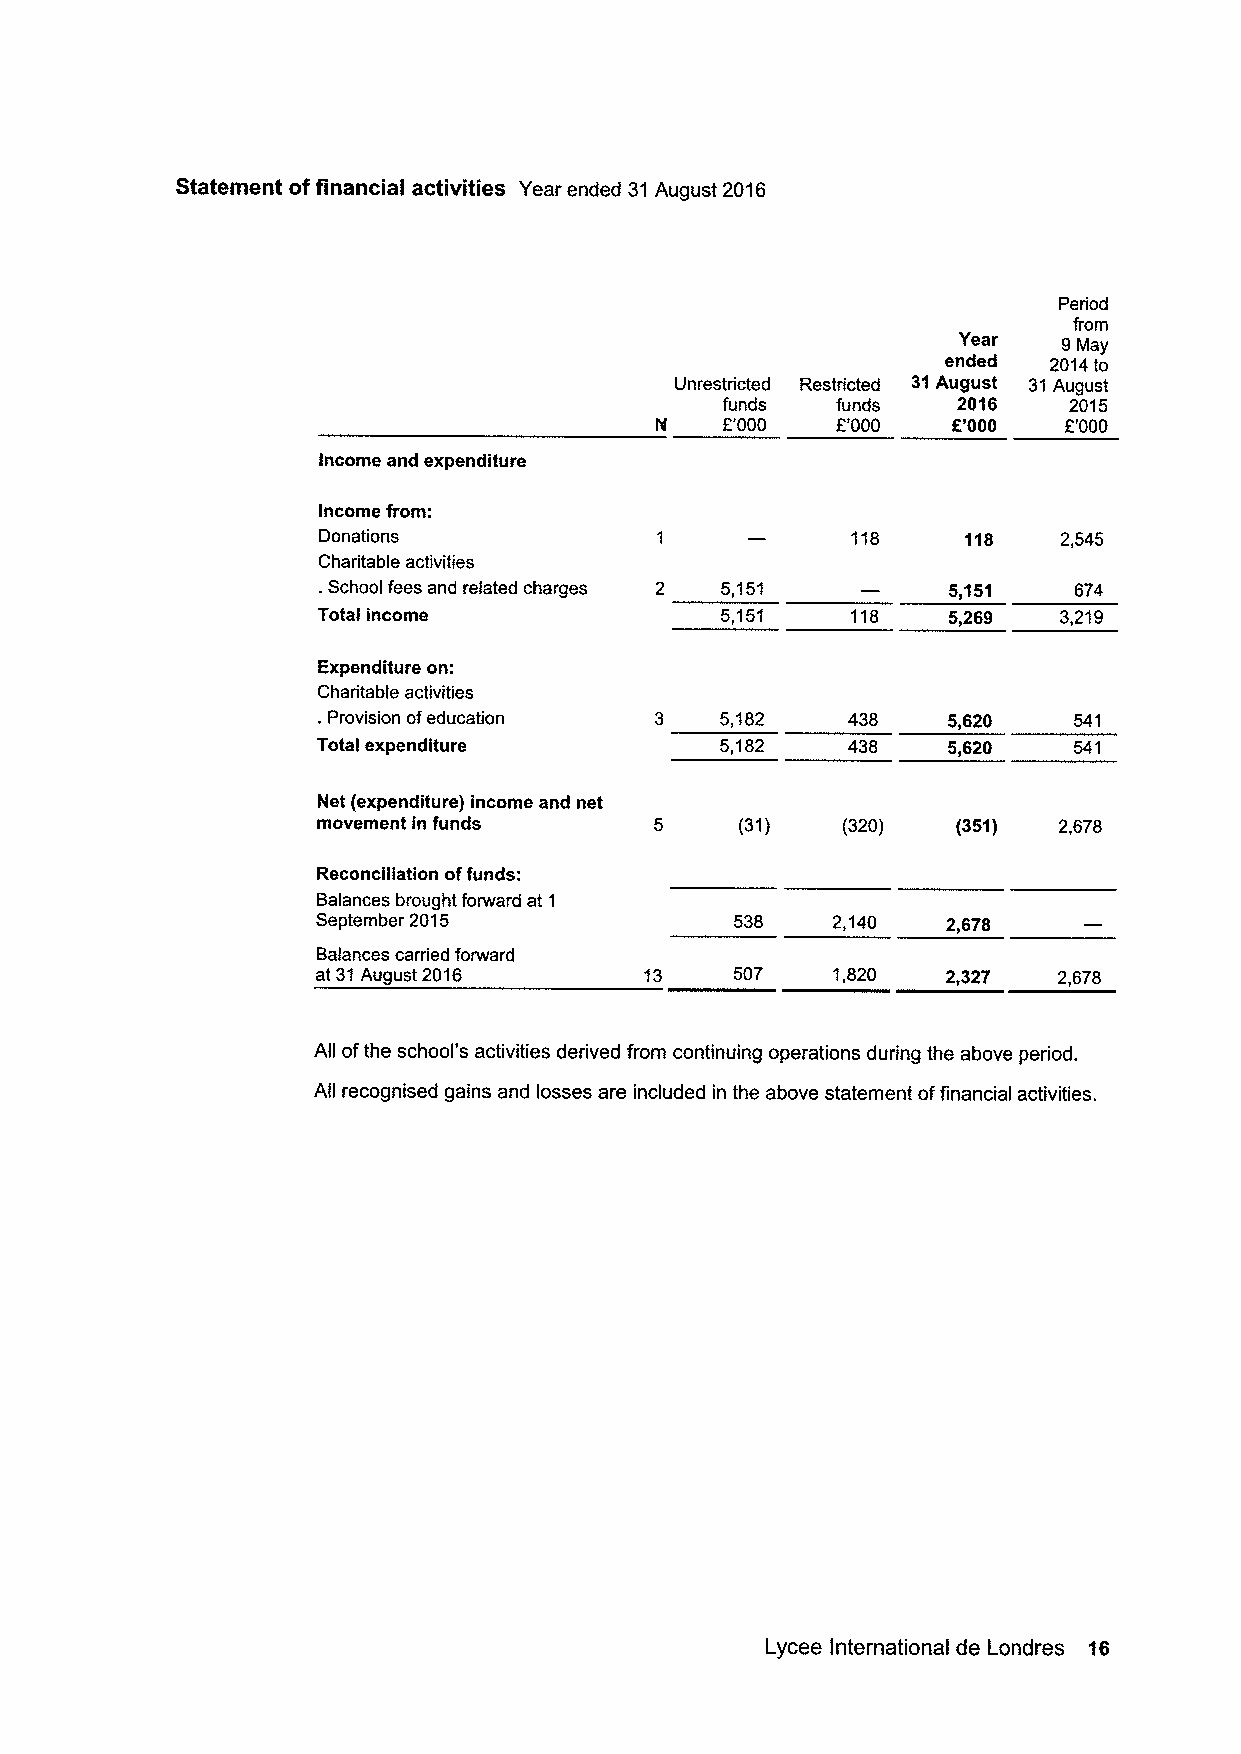
Statement offinancial activities Year ended 31August 2016
 Period
 from
 Year   9May
 ended  2014to
 Unrestricted Restricted 31August 31August
 funds  funds   2016    2015
 N    F'000  E'000   R'000  F'000
 Income and expenditure
 Income from:
 Donations                          118     118   2,545
 Charitable activities
 .School fees and related charges 2 5151   5,151   674
 Total income               5,151   118    5,269  3,219
 Expenditure on:
 Charitable activities
 .Provision ofeducation 3   5,182   438    5,620
 Total expenditure          5,182   438    5,620
 Net (expenditure) income and net
 movement in funds           (31)   (320)  (351)  2,678
 Reconciliation offunds:
 Balances brought forward at 1
 September 2015              538   2,140   2,678
 Balances carried forward
 at 31August 2016      13    507   1,820   2,327  2,678
 All ofthe school's activities derived from continuing operations during the above period.
 All recognised gains and losses are included in the above statement offinancial activities.
 Lycee International de Londres 16